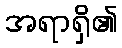
အရာရှိ၏